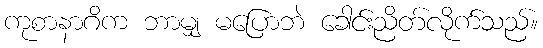
ကုစာနာဂိက ဘာမျှ မပြောဘဲ ခေါင်းညိတ်လိုက်သည်။